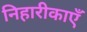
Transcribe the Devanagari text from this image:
निहारीकाएँ